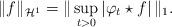
LaTeX: \begin{align*}\| f \|_{\mathcal H^1}=\| \sup_{t>0}|\varphi_t \star f| \,\|_1.\end{align*}